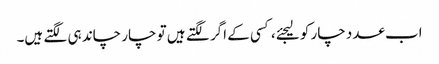
اب عدد چار کو لیجئے، کسی کے اگر لگتے ہیں تو چار چاند ہی لگتے ہیں۔